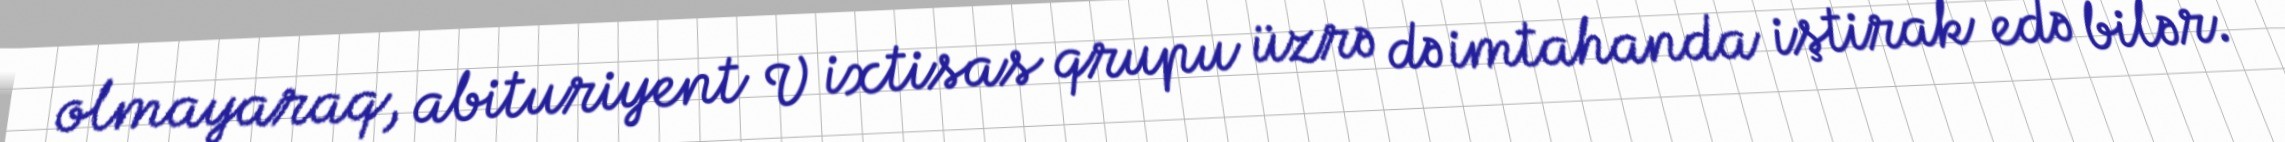
olmayaraq, abituriyent V ixtisas qrupu üzrə də imtahanda iştirak edə bilər.